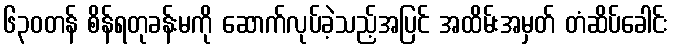
၆၃၀တန် စိန်ရတုခန်းမကို ဆောက်လုပ်ခဲ့သည့်အပြင် အထိမ်းအမှတ် တံဆိပ်ခေါင်း